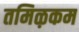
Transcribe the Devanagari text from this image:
तमिऴकम